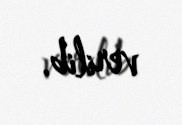
verilib.